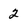
Character: 2